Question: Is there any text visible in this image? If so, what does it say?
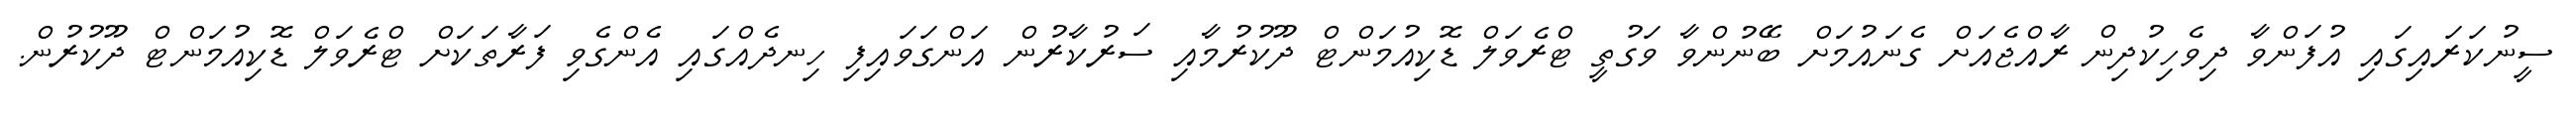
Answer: ސީނުކަރައިގައި އުފަންވާ ދިވެހިކުދިން ރާއްޖެއަށް ގެނައުމަށް ބޭނުންވާ ވަގުތީ ޓްރެވަލް ޑޮކިއުމަންޓް ދޫކުރުމާއި ސަރުކާރުން އަންގަވައިފި ހިނދެއްގައި އެންގެވި ފަރާތަކަށް ޓްރެވަލް ޑޮކިއުމަންޓް ދޫކުރުން.